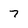
Character: 7